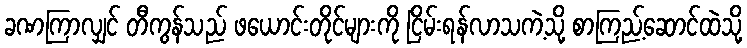
ခဏကြာလျှင် တီကွန်သည် ဖယောင်းတိုင်များကို ငြိမ်းရန်လာသကဲ့သို့ စာကြည့်ဆောင်ထဲသို့